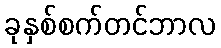
ခုနှစ်စက်တင်ဘာလ